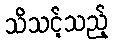
သိသင့်သည့်